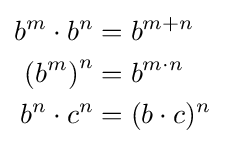
{\begin{aligned}b^{m}\cdot b^{n}&=b^{m+n}\\\left(b^{m}\right)^{n}&=b^{m\cdot n}\\b^{n}\cdot c^{n}&=(b\cdot c)^{n}\end{aligned}}